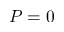
P = 0